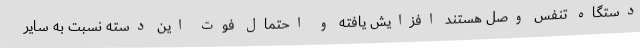
دستگاه تنفس وصل هستند افزایش یافته و احتمال فوت این دسته نسبت به سایر